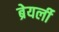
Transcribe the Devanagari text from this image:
ब्रेयर्ली